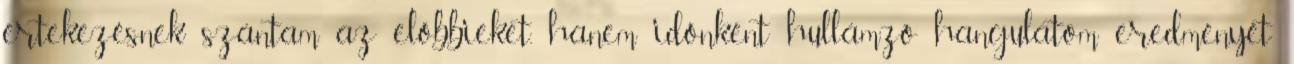
értekezésnek szántam az előbbieket, hanem időnként hullámzó hangulatom eredményét